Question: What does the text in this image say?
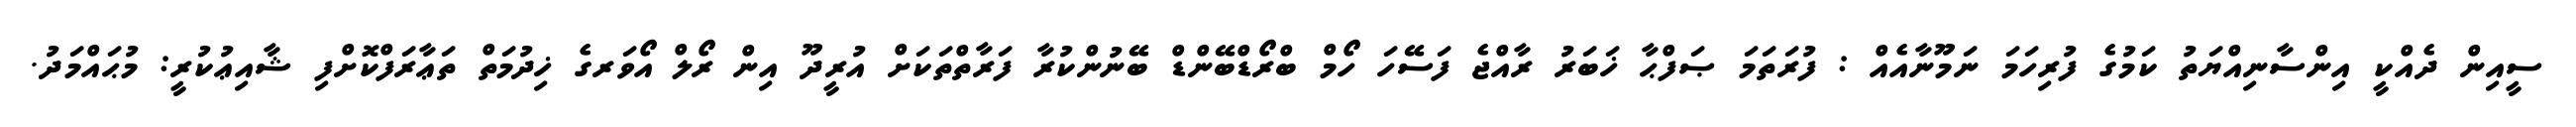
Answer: ސީއިން ދެއްކީ އިންސާނިއްޔަތު ކަމުގެ ފުރިހަމަ ނަމޫނާއެއް : ފުރަތަމަ ޞަފްޙާ ޚަބަރު ރާއްޖެ ފަސޭހަ ހޯމް ބްރޯޑްބޭންޑް ބޭނުންކުރާ ފަރާތްތަކަށް އުރީދޫ އިން ރޯލް އޯވަރގެ ޚިދުމަތް ތަޢާރަފްކޮށްފި ޝާއިޢުކުރީ: މުޙައްމަދު.